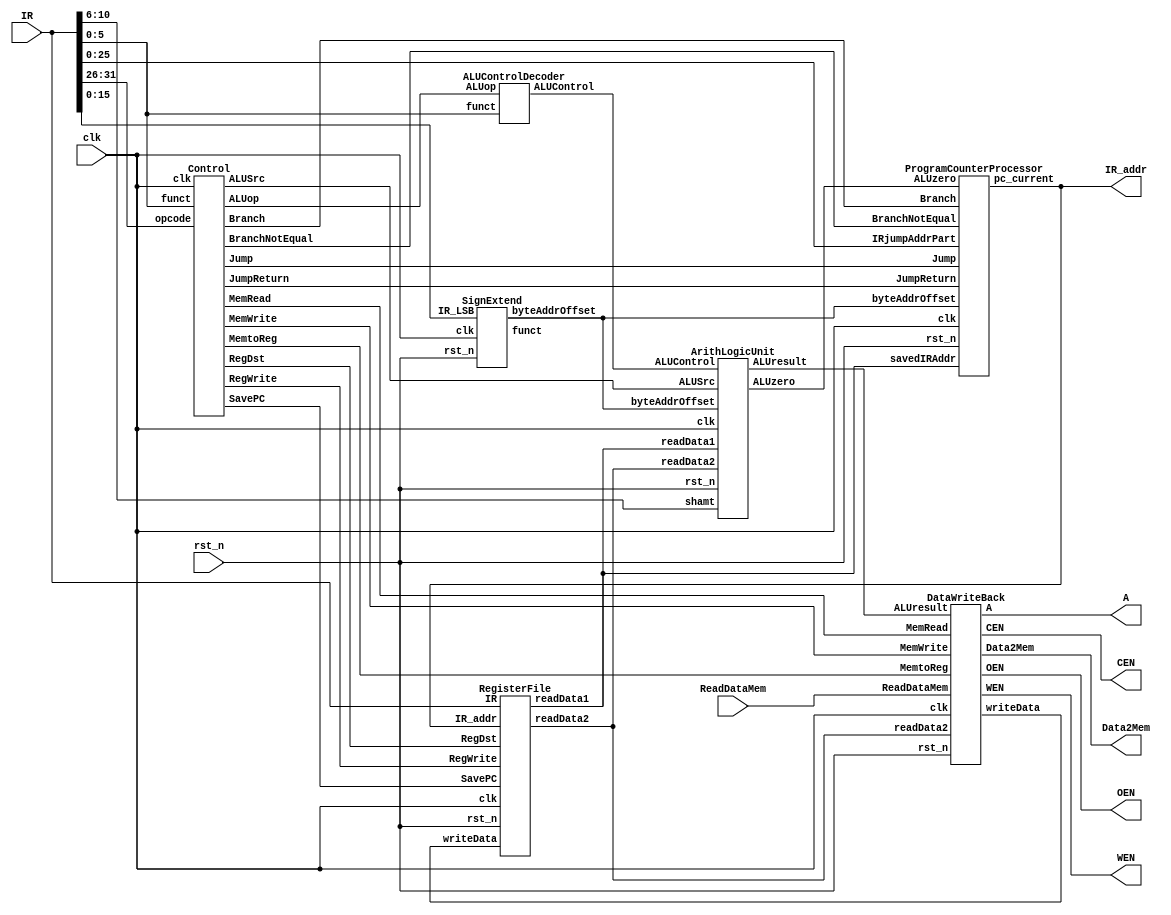
//`include "Control.v"
//`include "ProgramCounterProcessor.v"
//`include "RegFile.v"
//`include "SignExtend.v"
//`include "ALUControlDecoder.v"
//`include "ArithLogicUnit.v"
//`include "DataWriteBack.v"

module SingleCycleMIPS( 
    clk,
    rst_n,     //reset when value is 0
    IR_addr,
    IR,
    ReadDataMem,
    CEN,        //chip enable: set low to read/write data
    WEN,        //write enable: set low to write data in memory
    A,          //address of data memory
    Data2Mem,
    OEN         //read enable
);

//==== in/out declaration =================================
    //-------- processor ----------------------------------
    input         clk, rst_n;
    input  [31:0] IR;
    output [31:0] IR_addr; //program counter
    //-------- data memory --------------------------------
    input  [31:0] ReadDataMem;  
    output        CEN;  
    output        WEN;  
    output  [6:0] A; 
    output [31:0] Data2Mem;  
    output        OEN;  

//==== reg/wire declaration ===============================


//==== wire connection to submodule ======================
    
    //output from Control
    wire RegDst;
    wire Jump; 
    wire Branch;
    wire BranchNotEqual;
    wire MemRead;
    wire MemtoReg;
    wire [1:0] ALUop;
    wire MemWrite;
    wire ALUSrc;
    wire RegWrite;
    wire SavePC;
    wire JumpReturn;

    Control ctrl(
        .clk(clk),
        .opcode(IR[31:26]), //[31:26] of IR
        .funct(IR[5:0]),
        .Jump(Jump),
        .RegDst(RegDst),
        .Branch(Branch),
        .BranchNotEqual(BranchNotEqual),
        .MemRead(MemRead),
        .MemtoReg(MemtoReg),
        .ALUop(ALUop),
        .MemWrite(MemWrite),
        .ALUSrc(ALUSrc),
        .RegWrite(RegWrite),
        .SavePC(SavePC),
        .JumpReturn(JumpReturn)
    );

    //output from register file
    wire [31:0] readData1;
    wire [31:0] readData2;
    wire [31:0] writeData;

    RegisterFile regFile(
        .clk(clk),
        .rst_n(rst_n),
        .IR(IR),
        .IR_addr(IR_addr),
        .writeData(writeData),
        .readData1(readData1),
        .readData2(readData2),
        .RegWrite(RegWrite),
        .RegDst(RegDst),
        .SavePC(SavePC)
    );

    //output from sign extend
    wire [5:0] funct;
    wire [31:0] byteAddrOffset;

    SignExtend signExtend(
        .clk(clk),
        .rst_n(rst_n),
        .IR_LSB(IR[15:0]),
        .funct(funct), //g-bit funct for R-Type
        .byteAddrOffset(byteAddrOffset) //for branch instruction

    );

    wire [3:0] ALUControl;

    ALUControlDecoder ALUcontroller(
        .funct(IR[5:0]),
        .ALUop(ALUop),
        .ALUControl(ALUControl)
    );

    wire ALUzero;
    wire [31:0] ALUresult;

    ArithLogicUnit ALU(
        .clk(clk),
        .rst_n(rst_n),
        .readData1(readData1),
        .readData2(readData2),
        .byteAddrOffset(byteAddrOffset),
        .ALUControl(ALUControl),
        .shamt(IR[10:6]),
        .ALUSrc(ALUSrc),
        .ALUzero(ALUzero),
        .ALUresult(ALUresult)
    );

    

    DataWriteBack dataWB(
        .clk(clk),
        .rst_n(rst_n),
        .ALUresult(ALUresult),
        .MemRead(MemRead),
        .MemWrite(MemWrite),
        .MemtoReg(MemtoReg),
        .A(A),
        .Data2Mem(Data2Mem),
        .readData2(readData2),
        .ReadDataMem(ReadDataMem),
        .writeData(writeData),
        .CEN(CEN),
        .WEN(WEN),
        .OEN(OEN)
    );

    ProgramCounterProcessor PC(
        .clk(clk),
        .rst_n(rst_n),
        .pc_current(IR_addr),
        .byteAddrOffset(byteAddrOffset),
        .IRjumpAddrPart(IR[25:0]),
        .Branch(Branch),
        .BranchNotEqual(BranchNotEqual),
        .Jump(Jump),
        .JumpReturn(JumpReturn),
        .ALUzero(ALUzero),
        .savedIRAddr(readData1)
    );
//==== combinational part =================================

//==== sequential part ====================================

endmodule
		


module Control(
    clk,
    opcode,
    funct,
    Jump,
    RegDst,
    Branch,
    BranchNotEqual,
    MemRead,
    MemtoReg,
    ALUop,
    MemWrite,
    ALUSrc,
    RegWrite,
    SavePC,
    JumpReturn

);
//==== in/out declaration =====
    input clk;
    input [5:0] opcode;
    input [5:0] funct;
    output reg Jump;
    output reg RegDst;
    output reg Branch;
    output reg BranchNotEqual;
    output reg MemRead;
    output reg MemtoReg;
    output reg [1:0] ALUop;
    output reg MemWrite;
    output reg ALUSrc;
    output reg RegWrite;
    output reg SavePC;
    output reg JumpReturn;

//==== reg/wire declaration =====
    

//==== combinational part ====
    always@(*) begin
        RegDst = 1;
        Jump = 0;
        Branch = 0;
        BranchNotEqual = 0;
        MemRead = 0;
        MemtoReg = 0;
        ALUop = 2'b00;
        MemWrite = 0;
        ALUSrc = 0;
        RegWrite = 0;
        SavePC = 0;
        JumpReturn = 0;

        if (opcode==6'h0) begin// opcode is 0 -> all R-type instructions, including "jr"
            ALUop = 2'b10;
            RegWrite = 1'b1; // RegWrite is 1 for R-type instructions

            if(funct == 6'b00_1000) begin //jr
                JumpReturn = 1'b1;
            end
        end
        else if (opcode==6'h8) begin //opcode is 8 -> addi
            ALUSrc = 1'b1;
            RegDst = 1'b0;
            RegWrite = 1'b1;
            //ALUop = 2'b00; already assigned
        end
        else if (opcode==6'h23) begin //opcode is 23hex -> lw
            RegDst = 0;
            MemRead = 1;
            MemtoReg = 1;
            ALUSrc = 1;
            RegWrite = 1;

        end
        else if (opcode==6'h2B) begin //opcode is 2Bhex -> sw
            MemWrite = 1;
            ALUSrc = 1;

        end
        else if (opcode==6'h4) begin //opcode is 4hex -> beq
            Branch = 1;
            ALUop = 2'b01;
    
        end
        else if (opcode==6'h5) begin //opcode is 5hex -> bne
            BranchNotEqual = 1;
            ALUop = 2'b01;

        end
        else if (opcode==6'h2) begin //opcode is 2hex-> j
            Jump = 1'b1;
            
        end
        else if (opcode==6'h3) begin //opcode is 3hex -> jal
            Jump = 1'b1;
            SavePC = 1'b1;
        end
        
    end

    //==== sequential part ====
    //always@(posedge clk) begin
        

    //end

endmodule


module ProgramCounterProcessor(
    clk,
    rst_n,
    pc_current,
    byteAddrOffset,
    IRjumpAddrPart,
    Branch,
    BranchNotEqual,
    Jump,
    JumpReturn,
    ALUzero, //output 1 if Reg[rs]==Reg[rt]
    savedIRAddr
);
//==== in/out declaration =================================
    input clk, rst_n;
    output reg [31:0] pc_current; //the next IR_addr
    input [31:0] byteAddrOffset;
    input [25:0] IRjumpAddrPart;
    input Branch;
    input BranchNotEqual;
    input Jump;
    input JumpReturn;
    input ALUzero;
    input [31:0] savedIRAddr;


//==== reg/wire declaration ===============================
    reg [31:0] pc_nxt;
    reg [31:0] pc_increment4;

    reg [31:0] jumpAddr;
    reg [31:0] branchAddr;

    
    reg branchMuxSelect;
    reg [31:0] branchMuxOutput;
    reg [31:0] jumpMuxOutput;
    //reg readALUzeroInput; //becomes 1 when the ALUzero is refreshed for the current_pc

    //==== combinational part ====
    always@(*) begin
        pc_increment4 = pc_current + 32'h0000_0004; //PC = PC +4
        jumpAddr = { pc_increment4[31:28], IRjumpAddrPart, 2'b00};
        branchAddr = (byteAddrOffset << 2) + pc_increment4;
    end

    always@(*) begin
        branchMuxSelect = (Branch & ALUzero) | (BranchNotEqual & ~(ALUzero));

        if(branchMuxSelect == 1'b1) begin
            branchMuxOutput = branchAddr;
        end
        else begin
            branchMuxOutput = pc_increment4;
        end

        if(Jump == 1'b1) begin
            jumpMuxOutput = jumpAddr;
        end
        else begin
            jumpMuxOutput = branchMuxOutput;
        end
        
        if(JumpReturn == 1'b1) begin
            pc_nxt = savedIRAddr;
        end
        else begin
            pc_nxt = jumpMuxOutput;
        end
        
    end

    //==== sequential part ====
    always@(posedge clk or negedge rst_n) begin
        if(rst_n == 1'b0) begin
            pc_current <= 32'h0000_0000;
        end
        else begin
            pc_current <= pc_nxt;   
        end
    end

endmodule

module RegisterFile(
    clk,
    rst_n,
    IR,
    IR_addr,
    writeData,
    readData1,
    readData2,
    RegWrite,
    RegDst,
    SavePC
);
//==== parameter definition =======

//==== in/out declaration =================================
    input clk, rst_n;
    input [31:0] IR;
    input [31:0] IR_addr;
    input [31:0] writeData;
    output [31:0] readData1;
    output [31:0] readData2;

    //control signal
    input RegWrite;
    input RegDst;
    input SavePC;

//==== reg/wire declaration ===============================
    // The register file that includes 32 registers. Each register stores 32 bits.
    reg [31:0] registerFile [0:31];
    reg [4:0] writeAddr;
    integer i;

    assign readData1 = registerFile[ IR[25:21] ];
    assign readData2 = registerFile[ IR[20:16] ]; 

    always@(*) begin
        if(RegDst == 1'b0) begin
            writeAddr = IR[20:16];
        end
        else begin
            writeAddr = IR[15:11];
        end
    end

    always@ (posedge clk or negedge rst_n) begin
        if (rst_n == 1'b0) begin
            for (i=0; i<32; i=i+1) begin
                registerFile[i] <= 32'd0; //initial value = 0
            end
        end
        else begin
            if (RegWrite) begin
                registerFile[writeAddr] <= writeData;
            end
            else if(SavePC) begin
                registerFile[31] <= IR_addr + 32'h4;
            end
            else begin
                registerFile[writeAddr] <= registerFile[writeAddr];
            end
        end
    end
    //==== combinational part ====
    //==== sequential part ====
    

endmodule

module SignExtend(
    clk,
    rst_n,
    IR_LSB,
    funct, //g-bit funct for R-Type
    byteAddrOffset //for branch instruction

);
//==== in/out declaration =================================
    input clk, rst_n;
    input [15:0] IR_LSB;
    output reg [5:0] funct;
    output reg [31:0] byteAddrOffset;
    

//==== reg/wire declaration ===============================
    
    //==== combinational part ====
    always@(*) begin
        funct = IR_LSB[5:0];
        if(IR_LSB[15] == 1'b0) begin
            byteAddrOffset = {16'h0000, IR_LSB};
        end
        else begin
            byteAddrOffset = {16'hFFFF, IR_LSB}; //if the orginal 16 bit is a negative number
        end
    end

endmodule

module ALUControlDecoder(
    funct,
    ALUop,
    ALUControl
);
//==== in/out declaration =====
    input [5:0] funct;
    input [1:0] ALUop;
    output reg [3:0] ALUControl;

//==== reg/wire declaration =====
    

//==== combinational part ====
    always@(*) begin
        ALUControl = 4'b0000;

        if(ALUop == 2'b00) begin
            ALUControl = 4'b0010;
        end
        else if(ALUop == 2'b01) begin
            ALUControl = 4'b0110;
        end
        else if(ALUop == 2'b10) begin
            if (funct == 6'h00) begin //sll
                ALUControl = 4'b1101;
            end
            else if (funct == 6'h02) begin //srl
                ALUControl = 4'b1110;
            end
            else if (funct == 6'h20) begin //add
                ALUControl = 4'b0010;
            end
            else if (funct == 6'h22) begin //sub
                ALUControl = 4'b0110;
            end
            else if (funct == 6'h24) begin //AND
                ALUControl = 4'b0000;
            end
            else if (funct == 6'h25) begin //OR
                ALUControl = 4'b0001;
            end
            else if (funct == 6'h2A) begin //slt
                ALUControl = 4'b0111;
            end
            
        end    
    end

    //==== sequential part ====
    //always@(posedge clk) begin
        

    //end

endmodule

module ArithLogicUnit(
    clk,
    rst_n,
    readData1,
    readData2,
    byteAddrOffset,
    ALUControl,
    shamt,
    ALUSrc,
    ALUzero,
    ALUresult,
);
//==== in/out declaration =====
    input clk, rst_n;
    input [31:0] readData1;
    input [31:0] readData2;
    input [31:0] byteAddrOffset;
    input [3:0] ALUControl;
    input [4:0] shamt;
    input ALUSrc;
    output reg ALUzero;
    output reg signed [31:0] ALUresult;

//==== reg/wire declaration =====
    reg signed [31:0] ALUinput1;
    reg signed [31:0] ALUinput2;

//==== combinational part ====
    always@(*) begin
        ALUinput1 = readData1;
        if(ALUSrc == 1'b0) begin
            ALUinput2 = readData2;
        end
        else begin
            ALUinput2 = byteAddrOffset;
        end

        if (ALUinput1 == ALUinput2) begin
            ALUzero = 1'b1;
        end
        else begin
            ALUzero = 1'b0;
        end
    end

    always@(*) begin

        if(ALUControl == 4'b0000) begin //AND
            ALUresult = ALUinput1 & ALUinput2;
        end
        else if(ALUControl == 4'b0001) begin //OR
            ALUresult = ALUinput1 | ALUinput2;
        end
        else if(ALUControl == 4'b0010) begin //add
            ALUresult = ALUinput1 + ALUinput2;
        end
        else if(ALUControl == 4'b0110) begin //subtract
            ALUresult = ALUinput1 - ALUinput2;
        end
        else if(ALUControl == 4'b0111) begin //set on less than
            ALUresult = (ALUinput1 < ALUinput2) ? 32'h0000_0001 : 32'h0000_0000;
        end
        else if(ALUControl == 4'b1101) begin //shift left
            ALUresult = ALUinput2 << shamt;
        end
        else if(ALUControl == 4'b1110) begin //shift right
            ALUresult = ALUinput2 >> shamt;
        end
	else begin
	    ALUresult = 0;
	end

    end

    //==== sequential part ====

endmodule

module DataWriteBack(
    clk,
    rst_n,
    ALUresult,
    MemRead,
    MemWrite,
    MemtoReg,
    A,
    Data2Mem,
    readData2,
    ReadDataMem,
    writeData,
    CEN,
    WEN,
    OEN
);
//==== in/out declaration =====
    input clk, rst_n;
    input [31:0] ALUresult;
    input MemRead, MemtoReg, MemWrite;
    output reg [6:0] A;
    output [31:0] Data2Mem;
    input [31:0] readData2;
    input [31:0] ReadDataMem;
    output reg [31:0] writeData;
    output reg CEN;
    output reg WEN;
    output reg OEN;

//==== reg/wire declaration =====

    assign Data2Mem = readData2;
//==== combinational part ====

    always@(*) begin
        A = ALUresult[8:2];
    end

    always@(*) begin
        if(MemtoReg == 1'b1) begin
            writeData = ReadDataMem;
        end
        else begin
            writeData = ALUresult;
        end
    end

    always@(*) begin
        if(MemRead == 1'b1) begin
            CEN = 1'b0;
            WEN = 1'b1;
            OEN = 1'b0;
        end
        else if(MemWrite == 1'b1) begin
            CEN = 1'b0;
            WEN = 1'b0;
            OEN = 1'b1;
        end
        else begin
            CEN = 1'b1; 
            WEN = 1'b1; 
            OEN = 1'b0;
        end
    end

endmodule